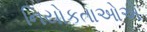
નિયોકતાઓએ